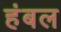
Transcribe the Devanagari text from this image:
हंबल